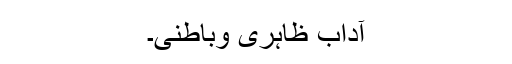
آداب ظاہری وباطنی۔